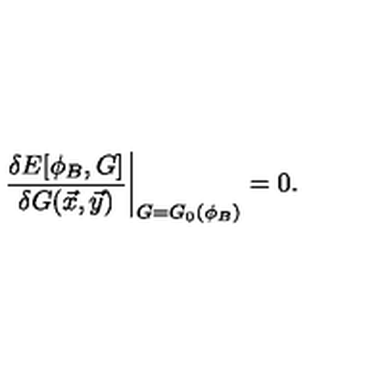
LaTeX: \left. \frac { \delta E [ \phi _ { B } , G ] } { \delta G ( \vec { x } , \vec { y } ) } \right| _ { G = G _ { 0 } ( \phi _ { B } ) } = 0 .